Martna_vallavalitsus, lk 25
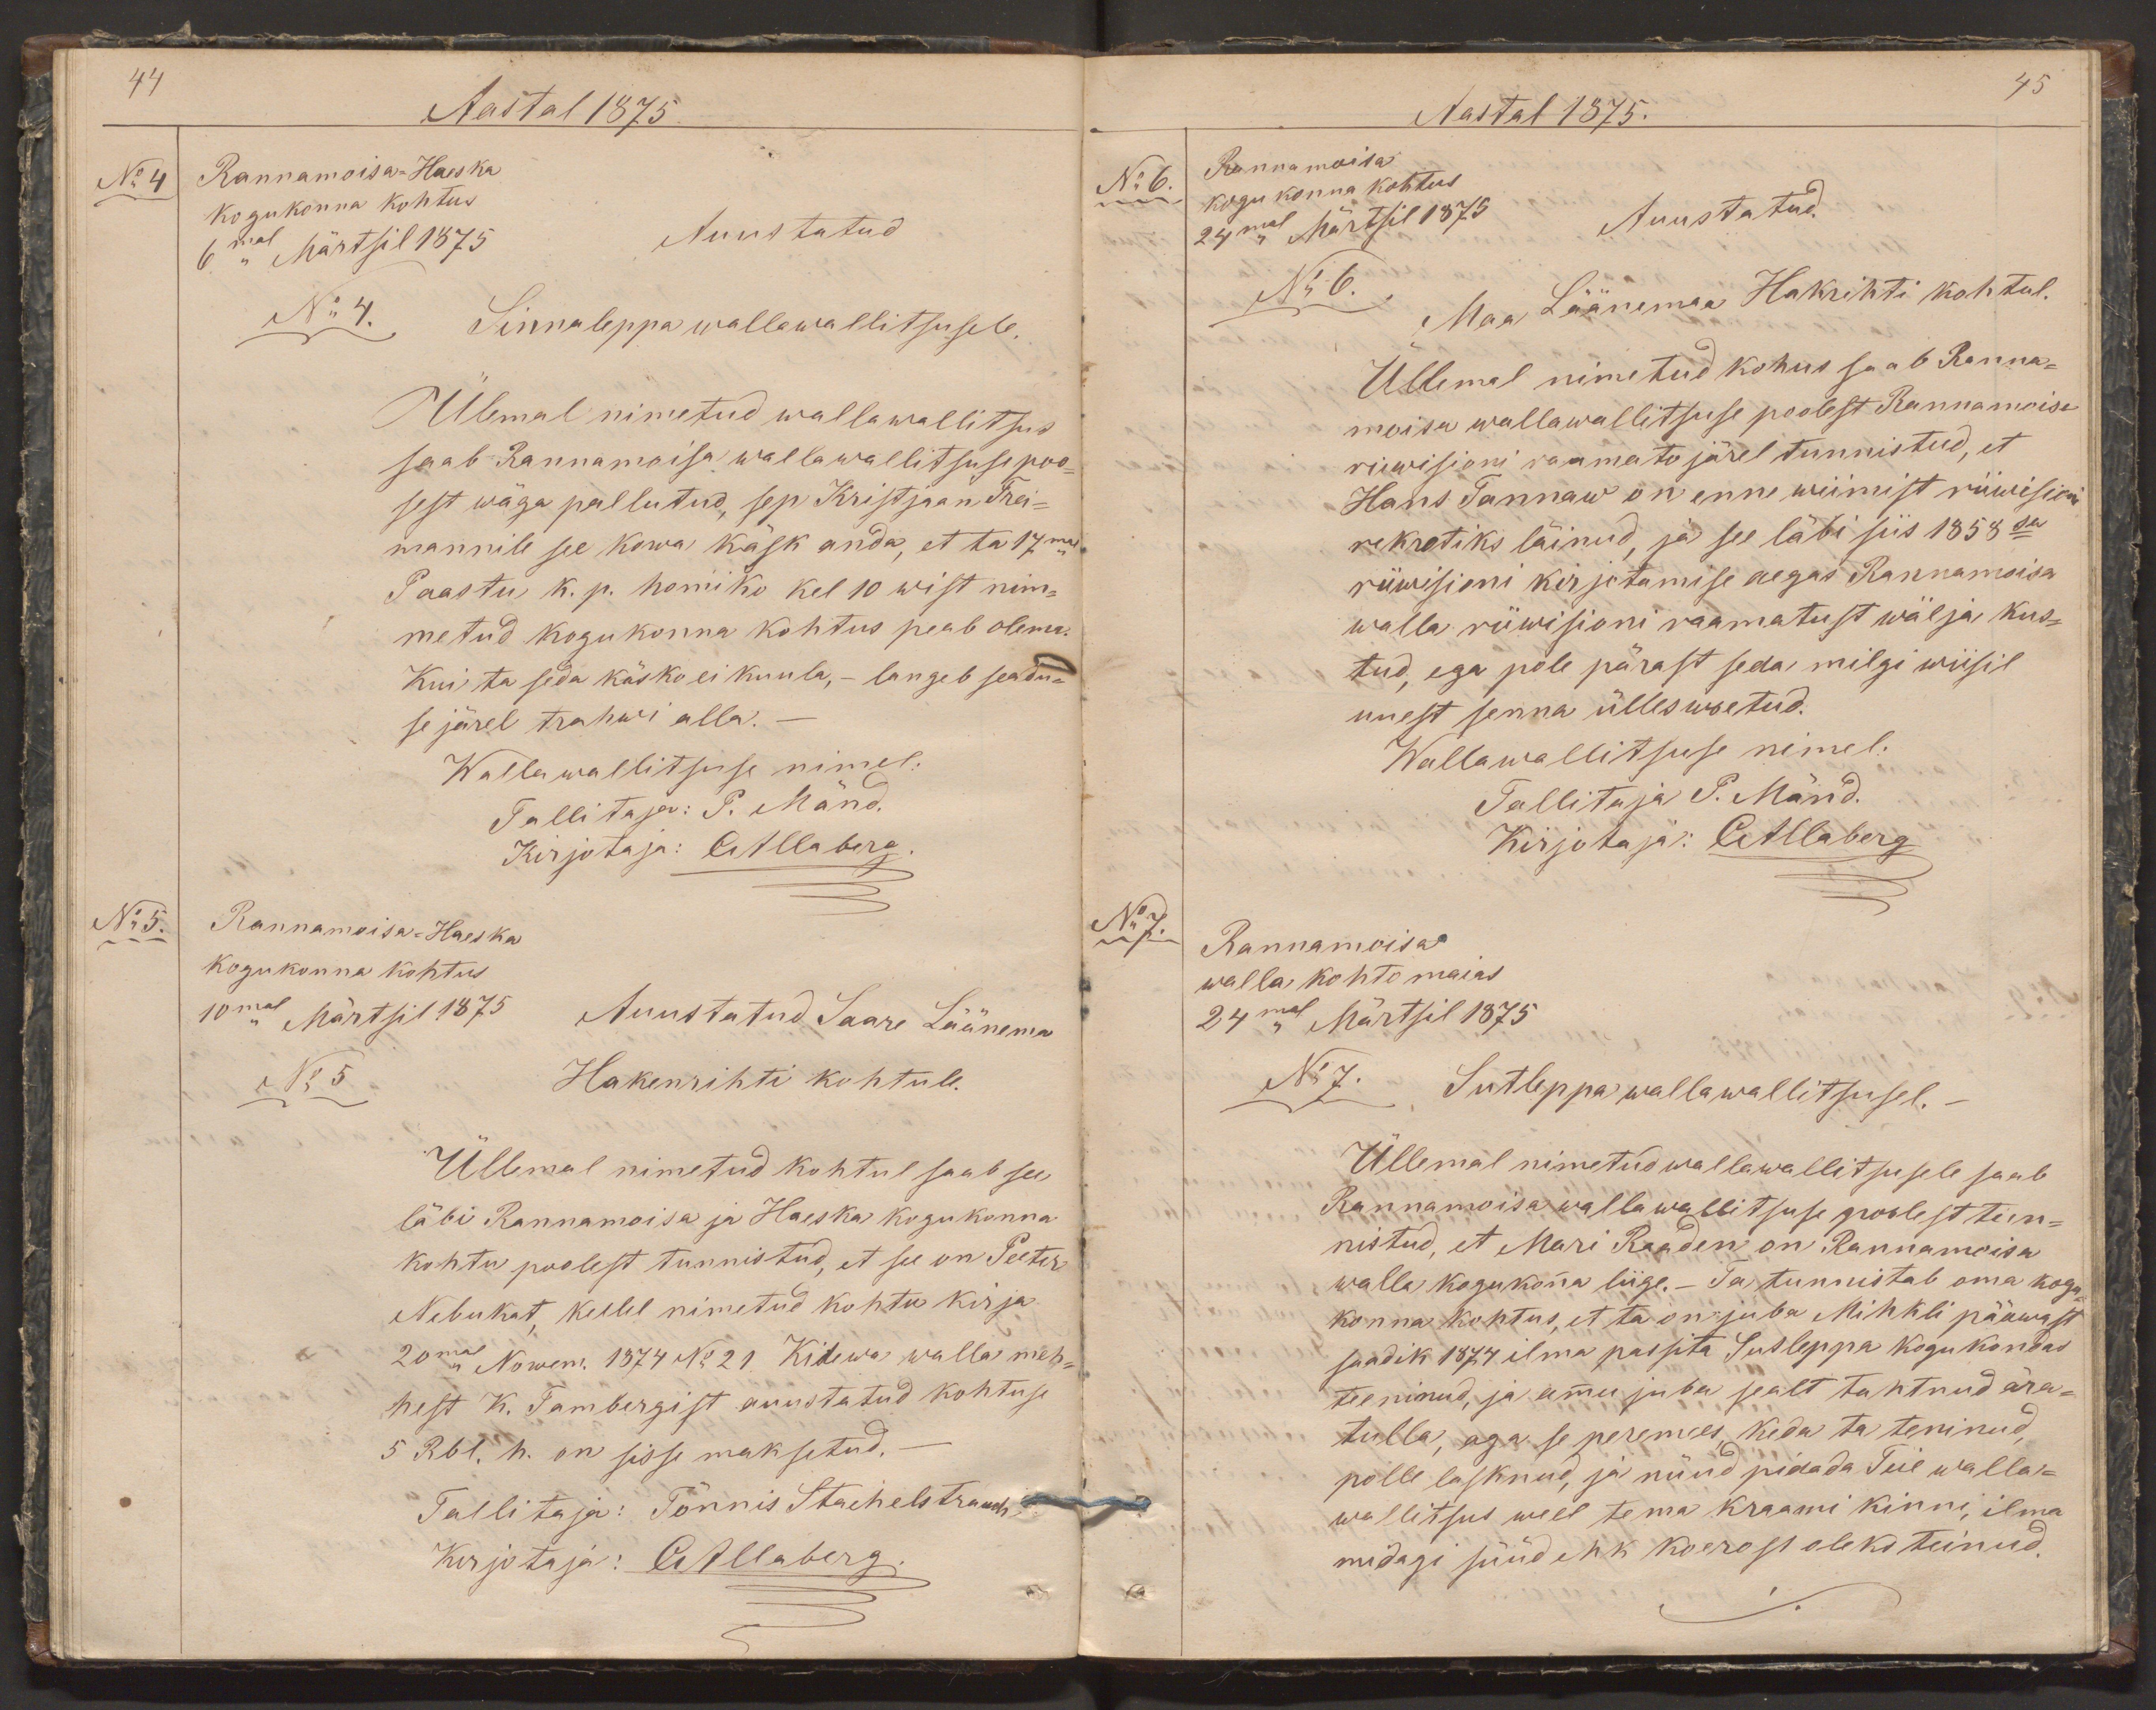
44
Aastal 1875.
No 4
Rannamoisa-Haeska
kogukonna kohtus
6mal Märtsil 1875
Auustatud
No 4.
Sinnaleppa wallawallitsusele.
Ülemal nimetud wallawallitsus
saab Rannamoisa wallawallitsuse poo-
sest wäga pallutud, sep Kristjaan Trei-
mannile see kowa käsk anda, et ta 17mal
Paastu k. p. homiko kel 10 wist nim-
metud kogukonna kohtus peab olema.
Kui ta seda käsko ei kuula, - langeb seadu-
se järel trahwi alla.
Wallawalitsuse nimel:
Tallitaja: P. Mänd.
Kirjotaja: CAllaberg
No 5.
Rannamoisa-Haeska
kogukonna kohtus
10mal Märtsil 1875
Auustatud Saare Läänema
No 5
Hakenrihti kohtule.
Üllemal nimetud kohtul saab see
läbi Rannamoisa ja Haeska kogukonna
kohtu poolest tunnistud, et see on Peeter
Nebukat, kellel nimetud kohtu kirja
20mal Nowem. 1874 No 21. Kidewa walla meh-
hest K. Tambergist auustatud kohtuse
5 Rbl. h. on sisse maksetud.
Tallitaja: Tõnnis Stachelstrauch
Kirjotaja: CAllaberg.

45
Aastal 1875.
Rannamoisa
No 6.
kogu konna kohtus
24mal Märtsil 1875
Auustatud.
No 6.
Maa Läänemaa Hakrihti kohtul.
Üllemal nimetud kohus saab Ranna-
moisa wallawalitsuse poolest Rannamoisa
riewisioni raamato järel tunnistud, et
Hans Tannaw on enne wiimist riiwisioni
nekrotiks läinud, ja see läbi siis 1858 sa
riiwisioni kirjotamise aegas Rannamoisa
walla riiwisioni raamatust wälja kus-
tud, ega pole pärast seda, milgi wiisil
uuest senna ülleswoetud.
Wallawallitsuse nimel:
Tallitaja P. Mänd.
Kirjotaja: CAllaberg
No 7.
Rannamoisa
walla kohto maias
24mal Märtsil 1875
No 7. Sutleppa wallawallitsusel. -
Üllemal nimetud wallawallitsusele saab
Rannamoisa wallawallitsuse poolest tun-
nistud, et Mari Raaden on Rannamoisa
walla kogukonna liige.- Ta tunnistab oma kogu-
konna kohtus, et ta on juba Mihkli pääwast
saadik 1874 ilma passita Sutleppa kogukondas
teeninud, ja ammu juba sealt tahtnud ära-
tulla, aga se peremees, keda ta teninud,
polle lasknud, ja nüüd pidada Teie walla-
wallitsus weel tema kraami kinni, ilma
midagi süüd ehk koerost oleks teinud.